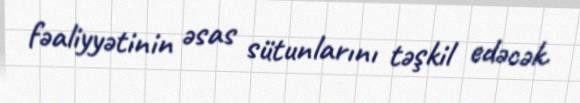
fəaliyyətinin əsas sütunlarını təşkil edəcək.